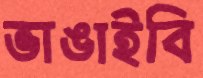
ভাঙাইবি